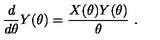
\frac { d } { d \theta } Y ( \theta ) = \frac { X ( \theta ) Y ( \theta ) } { \theta } \ . \